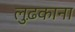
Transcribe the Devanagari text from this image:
लुढ़काना